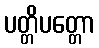
ပတ္တိပတ္တော